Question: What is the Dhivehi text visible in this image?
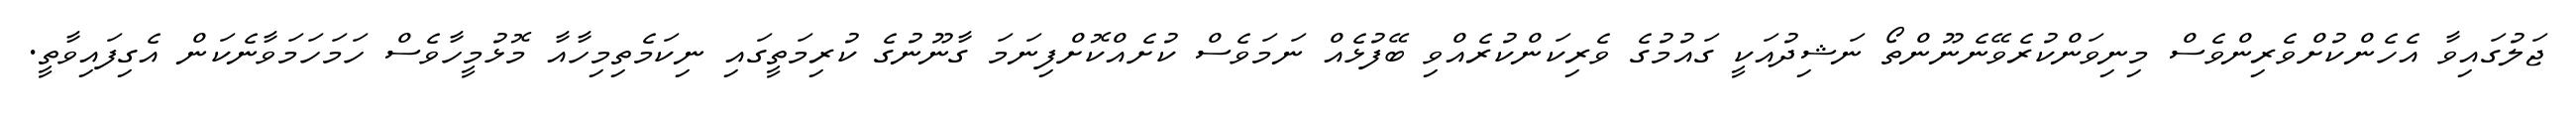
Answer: ޖަލުގައިވާ އެހެންކުށްވެރިންވެސް މިނިވަންކުރެވޭނެނޫންތޯ ނަޝިދުއަކީ ގައުމުގެ ވެރިކަންކުރެއްވި ބޭފުޅެއް ނަމަވެސް ކުށެއްކޮށްފިނަމަ ގާނޫނުގެ ކުރިމަތީގައި ނިކަމެތިމިހާއާ މޮޅުމީހާވެސް ހަމަހަމަވާނެކަން އެގިފައިވާތީ.